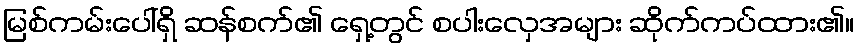
မြစ်ကမ်းပေါ်ရှိ ဆန်စက်၏ ရှေ့တွင် စပါးလှေအများ ဆိုက်ကပ်ထား၏။